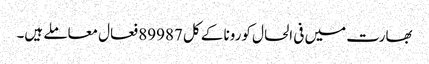
بھارت میں فی الحال کورونا کے کل 89987 فعال معاملے ہیں۔